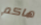
هاكم